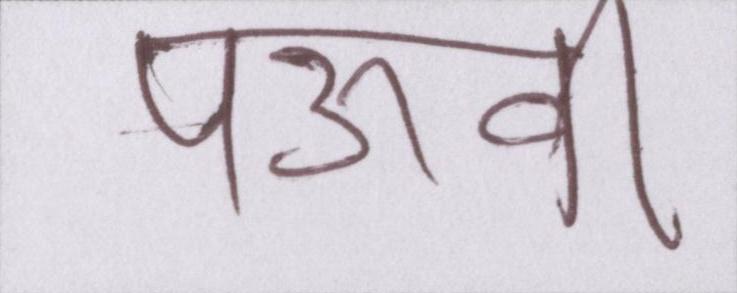
पऊवि